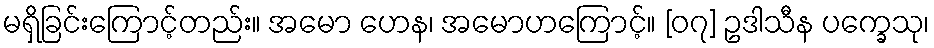
မရှိခြင်းကြောင့်တည်း။ အမော ဟေန၊ အမောဟကြောင့်။ [၀၇] ဥဒါသီန ပက္ခေသု၊